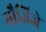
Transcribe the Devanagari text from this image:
मौजिजे